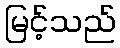
မြင့်သည်